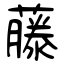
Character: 藤